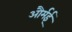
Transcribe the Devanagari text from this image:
और्मई